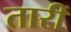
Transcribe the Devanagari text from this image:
तारीं